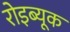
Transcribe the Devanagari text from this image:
रोइब्यूक